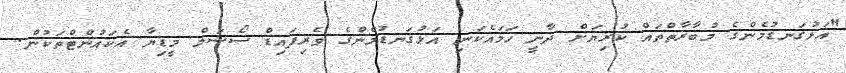
"އަޅުގަނޑުމެންގެ މުބާރާތްތައް ކުރިޔަށް ދާނީ ހަމައެކަނި އަޅުގަނޑުމެންގެ ވެރިފައިޑް ސޯޝަލް މީޑިޔާ އެކައުންޓްތަކުން.